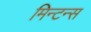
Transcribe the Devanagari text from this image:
मिन्टन्स